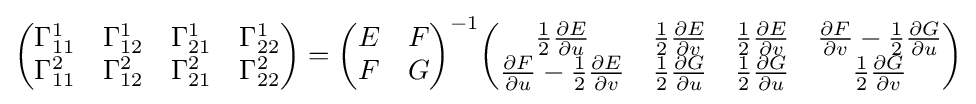
{\begin{pmatrix}\Gamma _{11}^{1}&\Gamma _{12}^{1}&\Gamma _{21}^{1}&\Gamma _{22}^{1}\\\Gamma _{11}^{2}&\Gamma _{12}^{2}&\Gamma _{21}^{2}&\Gamma _{22}^{2}\end{pmatrix}}={\begin{pmatrix}E&F\\F&G\end{pmatrix}}^{-1}{\begin{pmatrix}{\frac {1}{2}}{\frac {\partial E}{\partial u}}&{\frac {1}{2}}{\frac {\partial E}{\partial v}}&{\frac {1}{2}}{\frac {\partial E}{\partial v}}&{\frac {\partial F}{\partial v}}-{\frac {1}{2}}{\frac {\partial G}{\partial u}}\\{\frac {\partial F}{\partial u}}-{\frac {1}{2}}{\frac {\partial E}{\partial v}}&{\frac {1}{2}}{\frac {\partial G}{\partial u}}&{\frac {1}{2}}{\frac {\partial G}{\partial u}}&{\frac {1}{2}}{\frac {\partial G}{\partial v}}\end{pmatrix}}